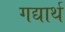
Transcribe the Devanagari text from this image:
गद्यार्थ